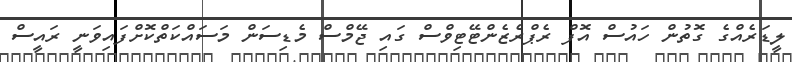
ލީޑަރެއްގެ ގޮތުން ހައުސް އޮފް ރެޕްރެޒެންޓޭޓިވްސް ގައި ޖޭމްސް މެޑިސަން މަސައްކަތްކޮށްފައިވަނީ ރައީސް